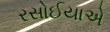
રસોઈયાએ